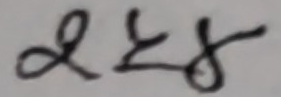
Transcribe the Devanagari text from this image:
२स्अ